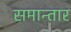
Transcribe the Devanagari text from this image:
समान्तार